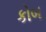
કોબ